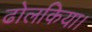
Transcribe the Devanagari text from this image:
ढोलकिया।